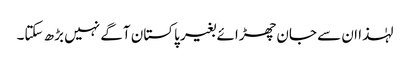
لہٰذا ان سے جان چھڑائے بغیر پاکستان آگے نہیں بڑھ سکتا۔